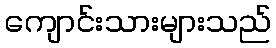
ကျောင်းသားများသည်